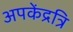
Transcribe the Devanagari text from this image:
अपकेंद्रत्रि